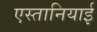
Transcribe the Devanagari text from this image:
एस्तानियाई